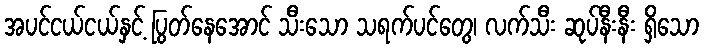
အပင်ငယ်ငယ်နှင့် ပြွတ်နေအောင် သီးသော သရက်ပင်တွေ၊ လက်သီး ဆုပ်နီးနီး ရှိသော